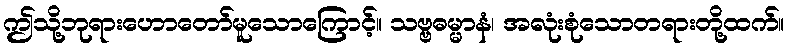
ဤသို့ဘုရားဟောတော်မူသောကြောင့်။ သဗ္ဗဓမ္မာနံ၊ အလုံးစုံသောတရားတို့ထက်။